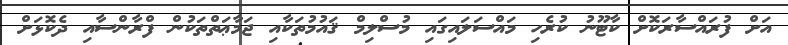
އަށް ފުރައްސާރަކޮށް ކާޓޫނު ކުރެހި މައްސަލައިގައި މުސްލިމް ޤައުމުތަކާއި ޖަމާޢަތްތަކުން ފްރާންސާއި ދެކޮޅަށް